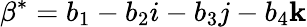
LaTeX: \beta^{*}=b_{1}-b_{2}i-b_{3}j-b_{4}\mathbf{k}